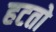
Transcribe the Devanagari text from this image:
हटतो